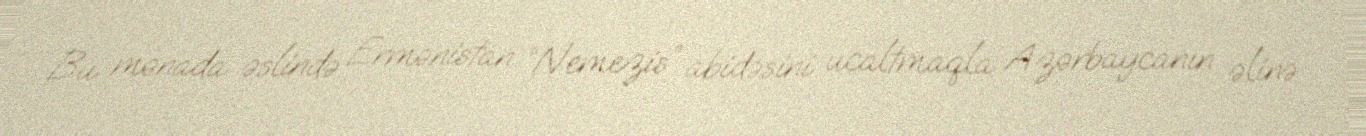
Bu mənada əslində Ermənistan “Nemezis” abidəsini ucaltmaqla Azərbaycanın əlinə